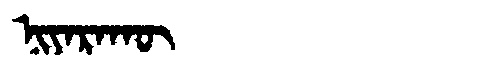
Manchu: ᠨᡳᠶᠠᡵᠠᡴᡡ
Romanization: NIYARAKŪ